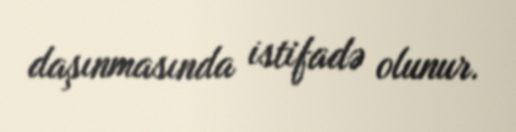
daşınmasında istifadə olunur.